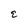
Character: E